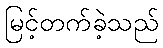
မြင့်တက်ခဲ့သည်